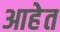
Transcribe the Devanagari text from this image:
आहेेत